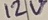
Text: 12V